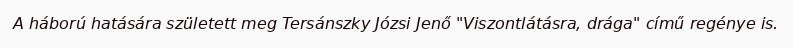
A háború hatására született meg Tersánszky Józsi Jenő "Viszontlátásra, drága" című regénye is.